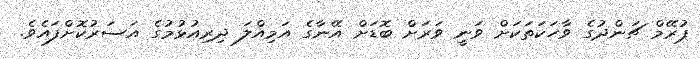
ޕުރޭމް ޗަންދުގެ ވާހަކަތަކަށް ވަނީ ވަރަށް ބޮޑަށް އޭނާގެ އަމިއްލަ ދިރިއުޅުމުގެ އަސަރުކޮށްފައެވެ.